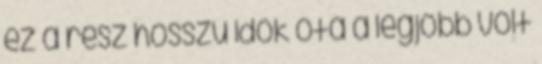
ez a rész hosszú idők óta a legjobb volt